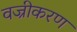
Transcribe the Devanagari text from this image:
वज्रीकरण